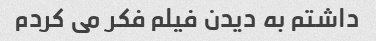
داشتم به دیدن فیلم فکر می کردم